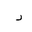
Letter: _dal